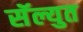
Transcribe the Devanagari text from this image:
सॅल्युत